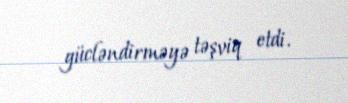
gücləndirməyə təşviq etdi.